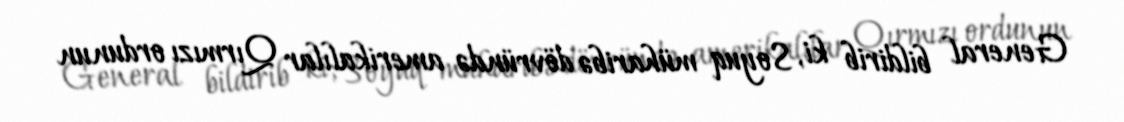
General bildirib ki, Soyuq müharibə dövründə amerikalılar Qırmızı ordunun